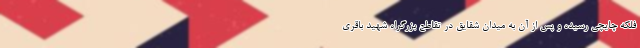
فلکه چایچی رسیده و پس از آن به میدان شقایق در تقاطع بزرگراه شهید باقری